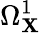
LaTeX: \Omega_{\mathbf{X}}^{1}